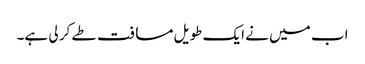
اب میں نے ایک طویل مسافت طے کر لی ہے۔